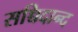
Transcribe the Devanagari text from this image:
सच्चिदान्द